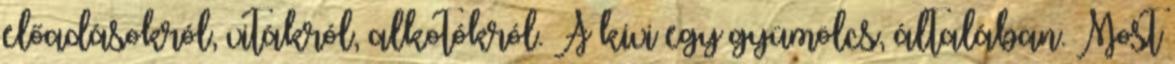
előadásokról, vitákról, alkotókról. A kivi egy gyümölcs, általában. Most